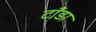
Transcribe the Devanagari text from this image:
टाँडा